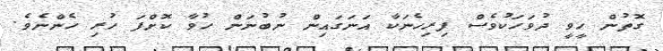
ގޮތުން ހީވީ ދުވަހަކުވެސް ފިރިހެނަކާ އަނަގައިން ނުބުނަން ހުވާ ކޮށްފަ ހުރި ހެންނެވެ.